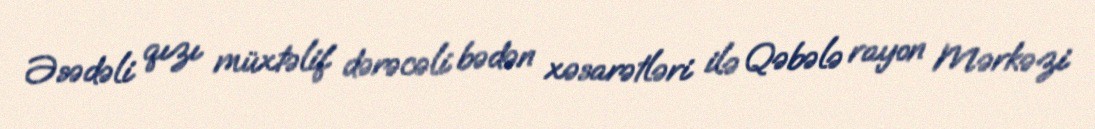
Əsədəli qızı müxtəlif dərəcəli bədən xəsarətləri ilə Qəbələ rayon Mərkəzi